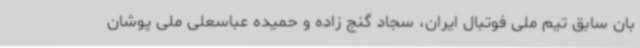
بان سابق تیم ملی فوتبال ایران، سجاد گنج زاده و حمیده عباسعلی ملی پوشان